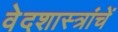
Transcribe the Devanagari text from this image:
वेदशास्त्रांचें